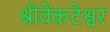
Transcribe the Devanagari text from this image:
श्रीवेंकटेश्वर